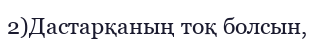
2)Дастарқаның тоқ болсын,